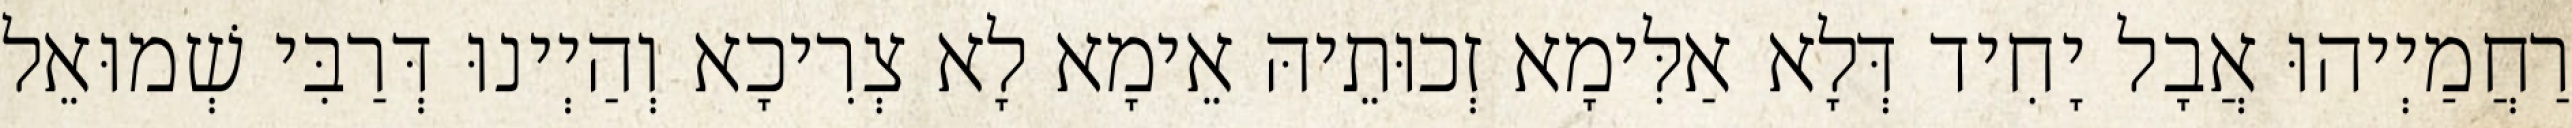
רַחֲמַיְיהוּ אֲבָל יָחִיד דְּלָא אַלִּימָא זְכוּתֵיהּ אֵימָא לָא צְרִיכָא וְהַיְינוּ דְּרַבִּי שְׁמוּאֵל